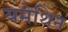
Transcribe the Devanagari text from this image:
यमेथिन